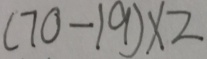
( 7 0 - 1 9 ) \times 2